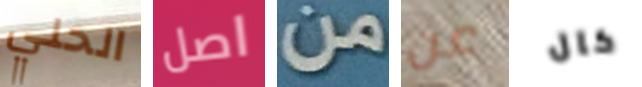
الحلي اصل من عن كال